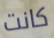
كانت